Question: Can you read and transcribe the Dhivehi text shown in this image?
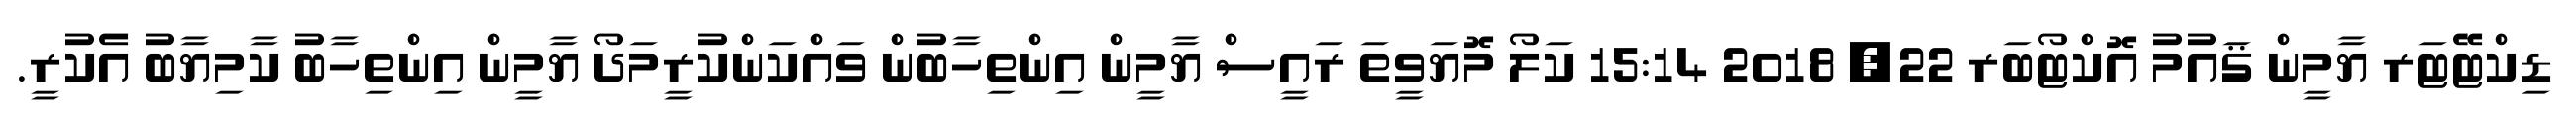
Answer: ޑިކްޓޭޓަރ ޔާމީން ޤައުމު އޮކްޓޯބަރ 22, 2018 15:14 ކަލޯ މޮޔަވީތަ ރައީސް ޔާމީން އިންތިހާބުން ވައްކަންކުރީމަދޯ ޔާމީން އިންތިހާބު ކާމިޔާބު އެކުރީ.